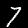
Label: 7